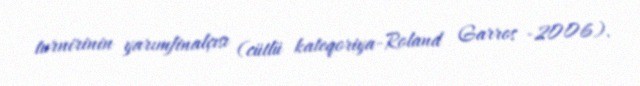
turnirinin yarımfinalçısı (cütlü kateqoriya-Roland Garros -2006).